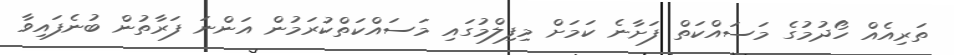
ތަރިއެއް ހޯދުމުގެ މަސައްކަތް ފަށާނެ ކަމަށް މިފިލްމުގައި މަސައްކަތްކުރަމުން އަންނަ ފަރާތުން ބުނެފައިވާ